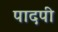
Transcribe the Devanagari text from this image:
पादपी